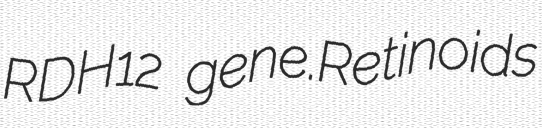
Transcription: RDH12 gene.Retinoids